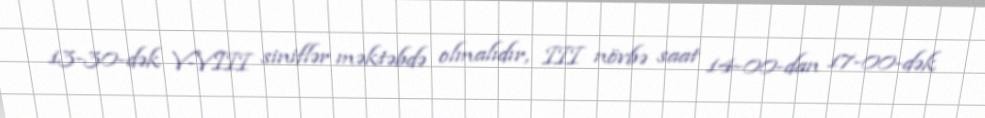
13-30-dək V-VIII siniflər məktəbdə olmalıdır, III növbə saat 14-00-dan 17-00-dək